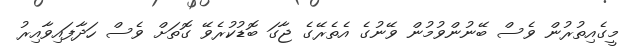
މީގެއިތުރުން ވެސް ބޭނުންވުމުން ވޭނުގެ އެތެރޭގެ ޖާގަ ބޮޑުކުރެވޭ ގޮތަށް ވެސް ހަދާފައިވާއިރު